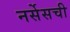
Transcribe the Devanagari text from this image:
नर्सेसची